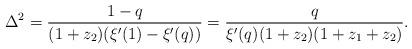
LaTeX: \begin{align*} \Delta^2=\frac{1-q}{(1+z_2)(\xi'(1)-\xi'(q))} = \frac{q}{\xi'(q)(1+z_2)(1+z_1+z_2)}.\end{align*}